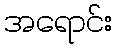
အရောင်း